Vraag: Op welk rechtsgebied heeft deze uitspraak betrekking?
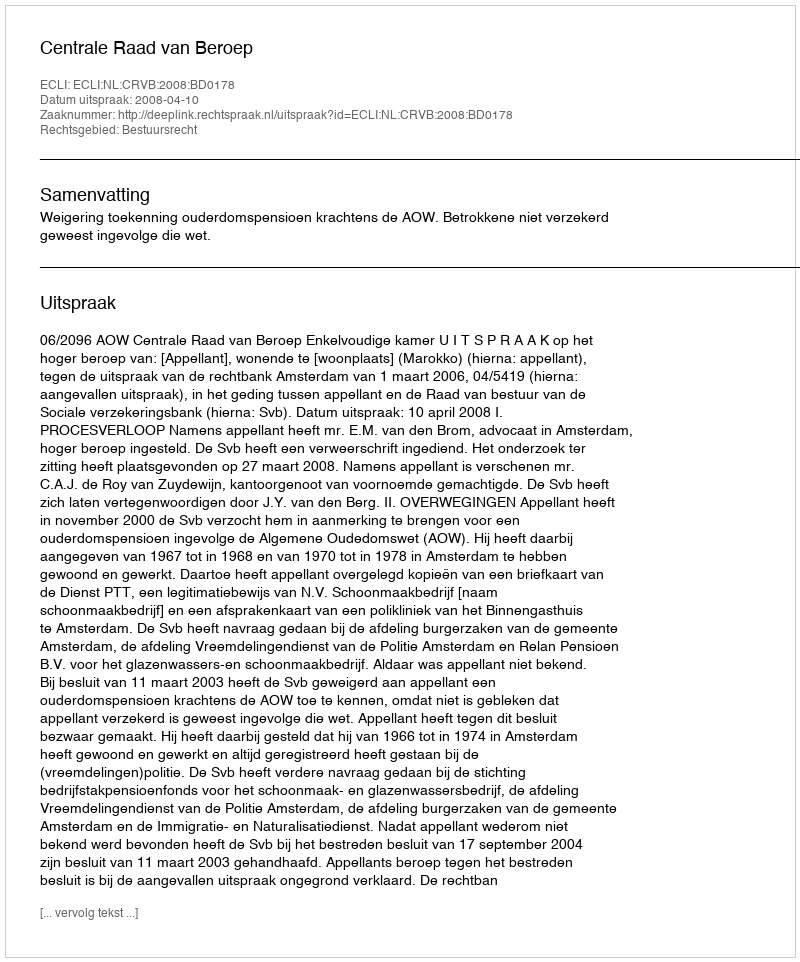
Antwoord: Bestuursrecht